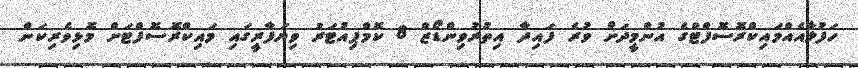
ހަފުލާއެއްމައިކްރޮސޮފްޓްގެ އުންމީދަށް ވުރެ ފައިދާ އިތުރުވިންޑޯޒް 8 ކޮމްޕިއުޓަރު ވިޔަފާރީގައި މައިކްރޮސޮފްޓަށް މޮޅިވެރިކަން